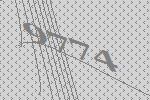
9774